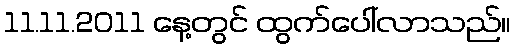
11.11.2011 နေ့တွင် ထွက်ပေါ်လာသည်။